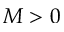
M > 0